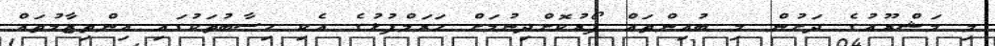
މި މަޝްރޫއުގެ ދަށުން މި ބުއިންތައް ފޯރުކޮށްދިނުމަށް ޙަރަމްފުޅުގެ އެކި ހިސާބުތަކުގައި އިންތިޒާމުތައް